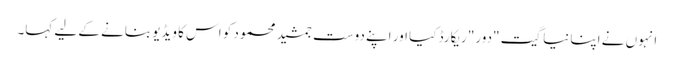
انہوں نے اپنا نیا گیت "دور" ریکارڈ کیا اور اپنے دوست جمشید محمود کو اس کا ویڈیو بنانے کے لیے کہا۔